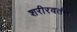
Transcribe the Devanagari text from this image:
शरीरवर्तन